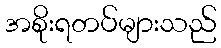
အစိုးရတပ်များသည်